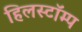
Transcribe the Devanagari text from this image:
हिलस्टॉम्प